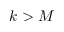
k > M